Annual report of the Punjab Veterinary College and of the Civil Veterinary Department, Punjab - 1909-1919
Year: 1909
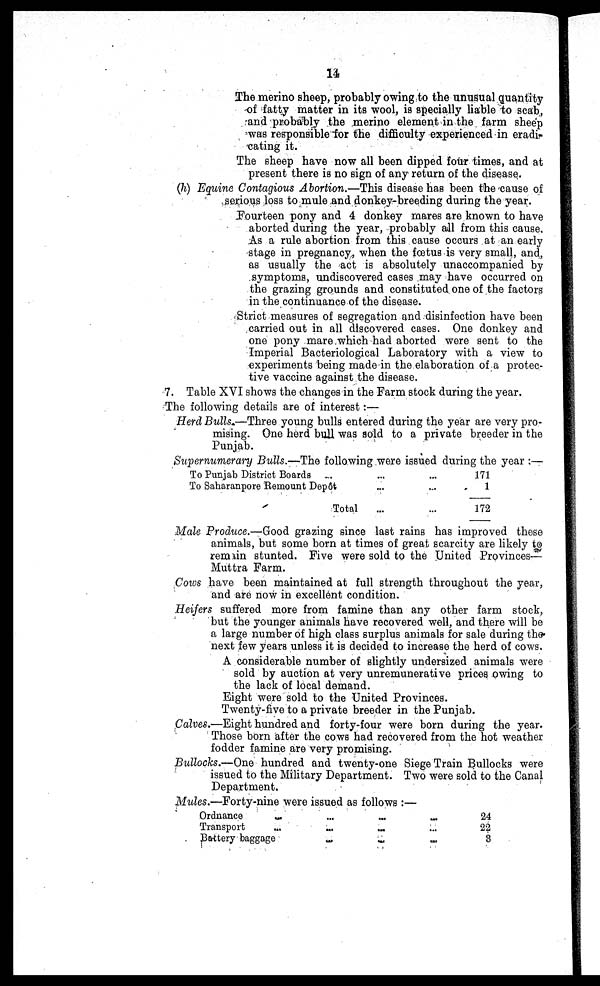
14
The merino sheep, probably owing to the unusual quantity
of fatty matter in its wool, is specially liable to scab,
and probably the merino element in the farm sheep
was responsible for the difficulty experienced in eradi-
cating it.
The sheep have now all been dipped four times, and at
present there is no sign of any return of the disease.
(h) Equine Contagious Abortion.—This disease has been the cause of
serious loss to mule and donkey-breeding during the year.
Fourteen pony and 4 donkey mares are known to have
aborted during the year, probably all from this cause.
As a rule abortion from this cause occurs at an early
stage in pregnancy, when the fœtus is very small, and,
as usually the act is absolutely unaccompanied by
symptoms, undiscovered cases may have occurred on
the grazing grounds and constituted one of the factors
in the continuance of the disease.
Strict measures of segregation and disinfection have been
carried out in all discovered cases. One donkey and
one pony mare which had aborted were sent to the
Imperial Bacteriological Laboratory with a view to
experiments being made in the elaboration of a protec-
tive vaccine against the disease.
7. Table XVI shows the changes in the Farm stock during the year.
The following details are of interest:—
Herd Bulls.—Three young bulls entered during the year are very pro-
mising. One herd bull was sold to a private breeder in the
Punjab.
Supernumerary Bulls.—The following were issued during the year:—
To Punjab District Boards
...
...
...
To Saharanpore
Remount
Depôt...
...
...
Total ... ...
171
1
172
Male Produce.— Good grazing since last rains has improved these
animals, but some born at times of great scarcity are likely to
remain stunted. Five were sold to the United Provinces—
Muttra Farm.
Cows have been maintained at full strength throughout the year,
an are now in excellent condition.
Heifers suffered more from famine than any other farm stock,
but the younger animals have recovered well, and there will be
a large number of high class surplus animals for sale during the
next few years unless it is decided to increase the herd of cows.
A considerable number of slightly undersized animals were
sold by auction at very unremunerative prices owing to
the lack of local demand.
Eight were sold to the United Provinces.
Twenty-five to a private breeder in the Punjab.
Calves.—Eight hundred and forty-four were born during the year.
Those born after the cows had recovered from the hot weather
fodder famine are very promising.
Bullocks.—One hundred and twenty-one Siege Train Bullocks were
issued to the Military Department. Two were sold to the Canal
Department.
Mules.— Forty-nine were issued as follows :—
Ordnance
...
...
...
...
Transport
...
...
...
...
...
Battery baggage
...
...
...
24
22
3